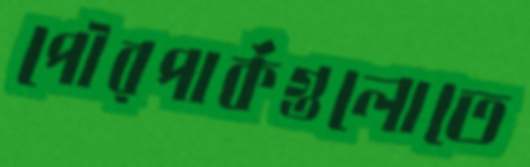
পৌরপার্কগুলোতে